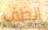
انظف